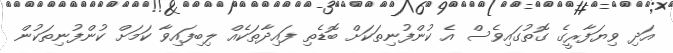
އަދި ވިޔަފާރީގެ ގޮތުގައިވެސް އެ ކުންފުނިތަކަށް ބޮޑެތި ފައިދާތަކެއް ލިބިފައިވާ ކަމަށް ކުންފުނިތަކުން